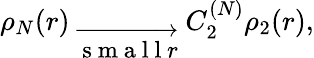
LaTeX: \begin{array}{r}{{\rho_{N}(r)}_{\large\ \overrightarrow{\mathrm{~s~m~a~l~l~}r}\ }C_{2}^{(N)}\rho_{2}(r),}\end{array}